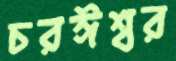
চরঈশ্বর